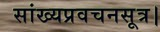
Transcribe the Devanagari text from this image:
सांख्यप्रवचनसूत्र।